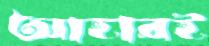
আহারই